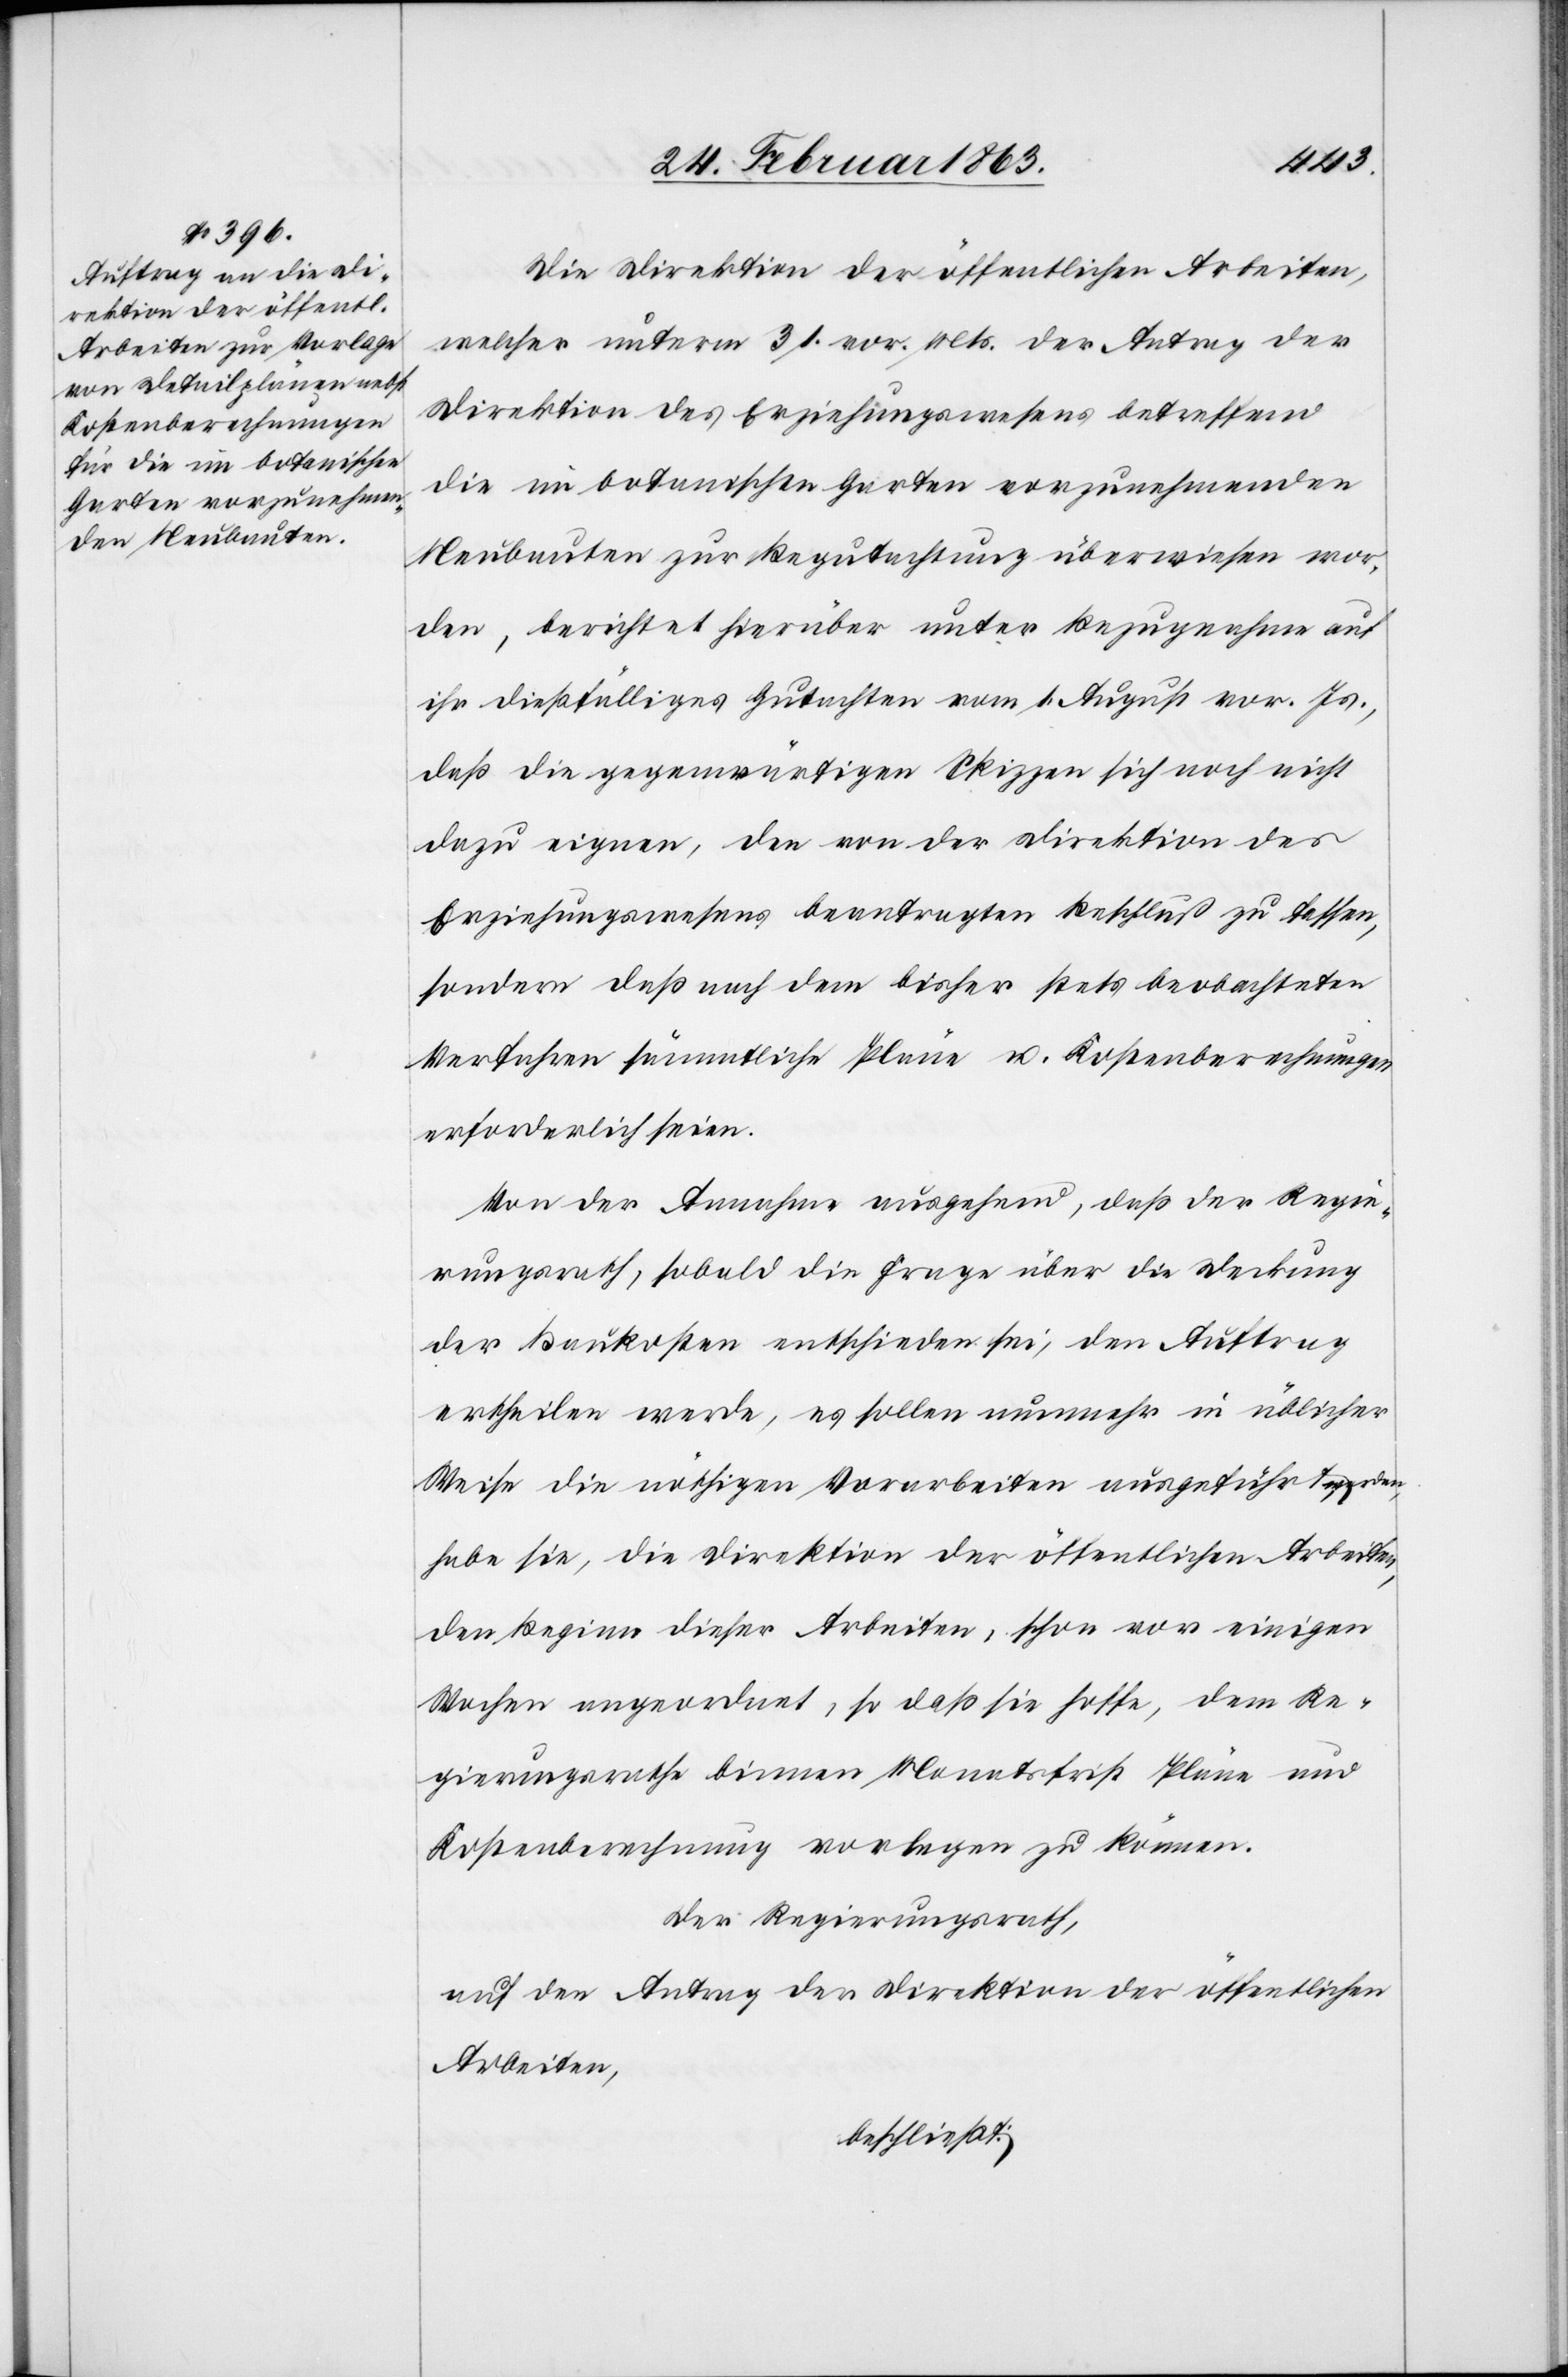
Die Direktion der öffentlichen Arbeiten,
welcher unterm 31. vor. Mts. der Antrag der
Direktion des Erziehungswesens betreffend
die im botanischen Garten vorzunehmenden
Neubauten zur Begutachtung überwiesen wor¬
den, berichtet hierüber unter Bezugnahme auf
ihr dießfälliges Gutachten vom 1. August vor. Js.,
daß die gegenwärtigen Skizzen sich noch nicht
dazu eignen, den von der Direktion des
Erziehungswesens beantragten Beschluß zu fassen,
sondern daß nach dem bisher stets beobachteten
Verfahren sämmtliche Pläne u. Kostenberechnungen
erforderlich seien.
Von der Annahme ausgehend, daß der Regie¬
rungsrath, sobald die Frage über die Deckung
der Baukosten entschieden sei, den Auftrag
ertheilen werde, es sollen nunmehr in üblicher
Weise die nöthigen Vorarbeiten ausgeführt werden,
habe sie, die Direktion der öffentlichen Arbeiten,
den Beginn dieser Arbeiten, schon vor einigen
Wochen angeordnet, so daß sie hoffe, dem Re¬
gierungsrathe binnen Monatsfrist Pläne und
Kostenberechnung vorlegen zu können.
Der Regierungsrath,
auf den Antrag der Direktion der öffentlichen
Arbeiten,
beschließt: